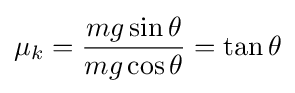
\mu _{k}={\frac {mg\sin {\theta }}{mg\cos {\theta }}}=\tan {\theta }